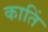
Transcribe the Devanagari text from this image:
कातिं